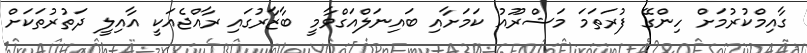
ގާއިމްކުރުމަށް ހިންގޭ ފުރަތަމަ މަޝްރޫއު ކަމަށާއި ބައިނަލްއަގްވާމީ ބާޒާރުގައި ރާއްޖެއަކީ އާއިލީ ދަތުރުތަކަށް